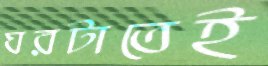
ঘরটাতেই